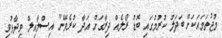
މުޖުތަމައަކަށް ބަދަލު ކުރުމުގައި ބޮޑު ރޯލެއް ދިރާގަށް އަދާ ކުރެވޭނެ" އިސްލާއިލް ވިދާޅުވި